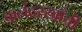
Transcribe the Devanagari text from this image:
कलंदरखाँची